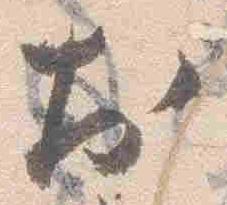
於